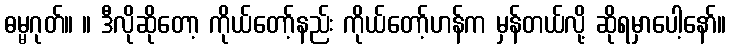
ဓမ္မဂုတ်။ ။ ဒီလိုဆိုတော့ ကိုယ်တော့်နည်း ကိုယ်တော့်ဟန်က မှန်တယ်လို့ ဆိုရမှာပေါ့နော်။